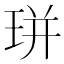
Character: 㻂